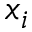
x _ { i }